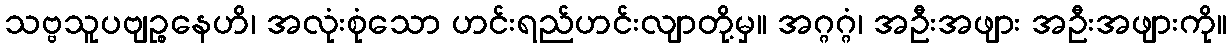
သဗ္ဗသူပဗျဉ္စနေဟိ၊ အလုံးစုံသော ဟင်းရည်ဟင်းလျာတို့မှ။ အဂ္ဂဂ္ဂံ၊ အဦးအဖျား အဦးအဖျားကို။